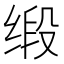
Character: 缎